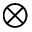
\otimes